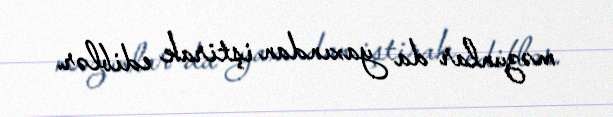
məzunlar da yaxından iştirak ediblər.